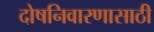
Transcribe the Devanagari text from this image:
दोषनिवारणासाठी